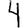
Digit: 4